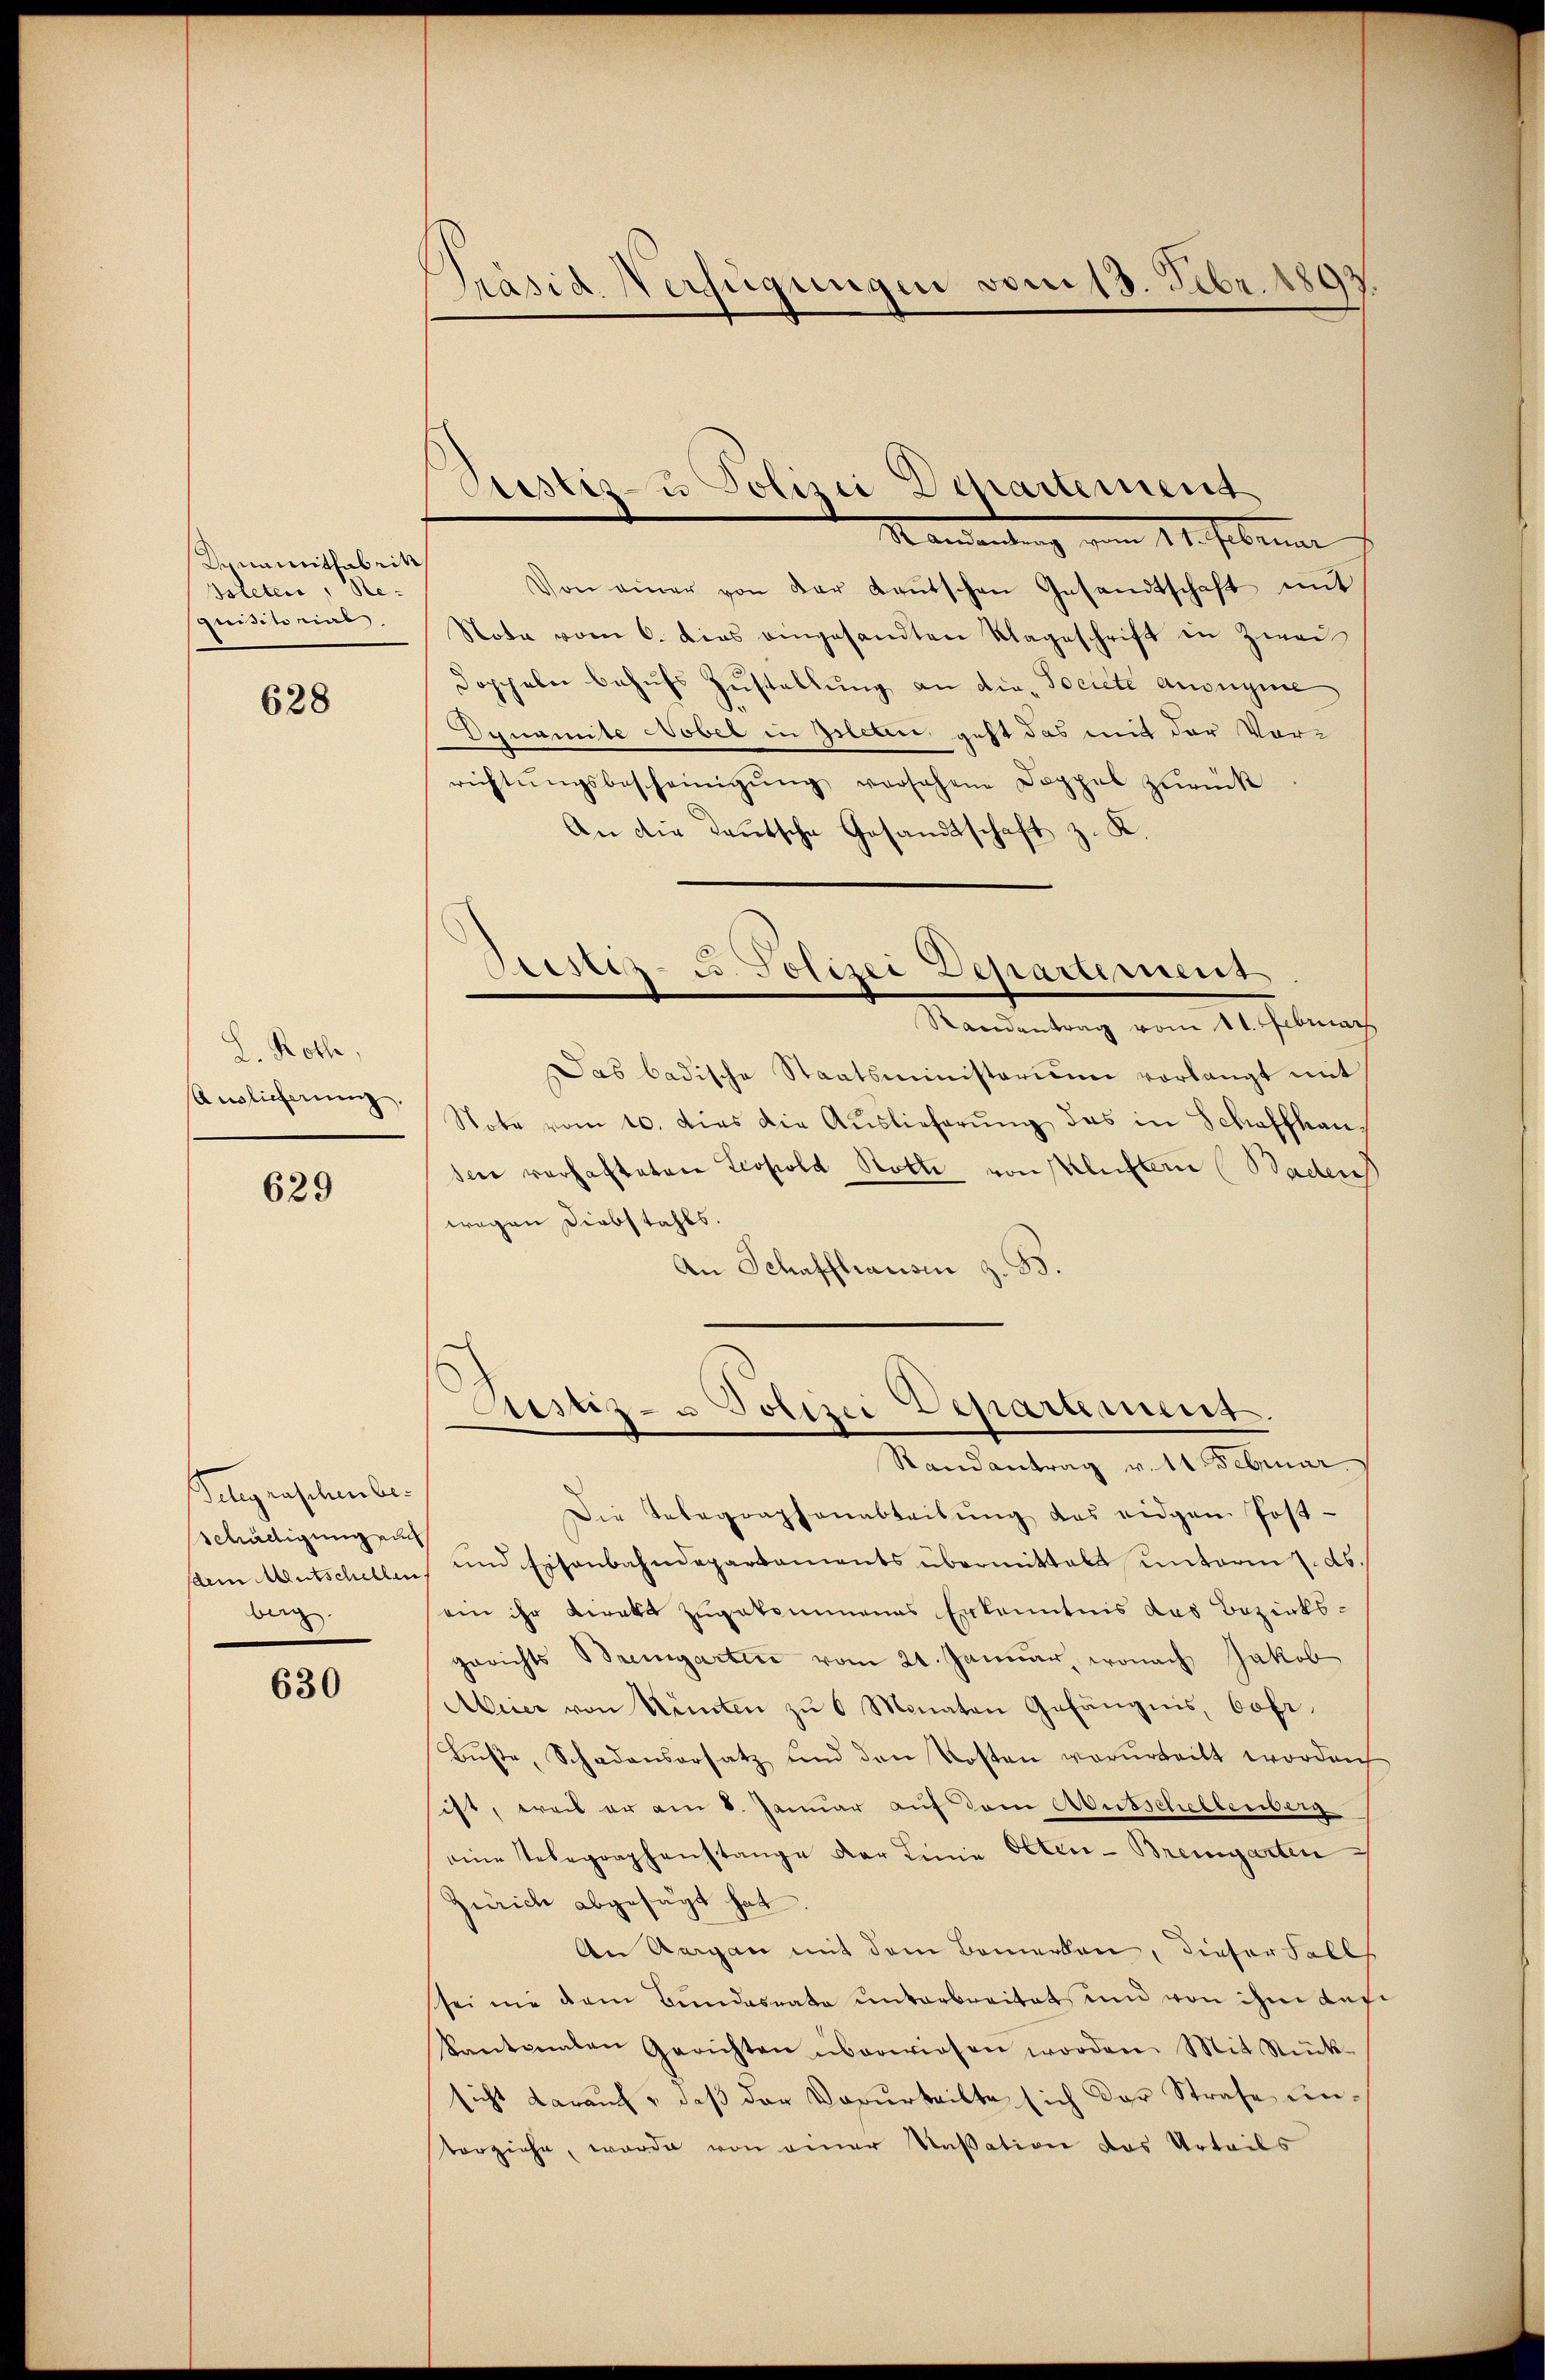
Incamerittabrik
Boleter, Re-
quisito eine

628

L. Roth,
Auslicherung.

629

Belegraschenber
schädigung auch
sdem Mentschellen
berg

630

Präsid. Verfügungen vom 13. Febr. 1893

Justiz- u Polizei Departement
Mandantung vom 11. Februar

Von einer von der Leŭtschen Gesandtschaft mit
Note vom 6. dies eingesandten Klageschrift in Zwei
Doppeln behufs Zustellung an die Societe ansegne
Dynamite Nobel in Geleben, geht das mit der Vorrichtŭngsbescheinigŭng versehene Doppel zŭrück
An die Teutsche Gesandtschaft z. K.
Randentrag vom 11. Februar
Das badische Staatsministerium vorlangt mit
Note vom 10. dies die Auslieferung des in Schaffhau
sere verhafteten Leopold Rotte von Kleistern (Baden
wegen Diebstahls.
An Schaffhausen z. B.
Zustiz- u Polizei Departement.
Randantrag v. 11 Februar
Die Telegraphenabteilung des eidgen Post-
und Eisenbahndepartaments übermittalt unterm 1. ds.
ein ihr Kirats zugekommenes Erkenntnis das Bezirksgerichts Bremgarten vom 21. Januar, wonach Jakob
Abeier von Renten zu 6 Monaten Gefängnis, bofr.
Bŭβte, Schadensersatz und den Kosten vorurteilt worden
ist, weis er am 8. Januar auf dem Ausschelbenberg
eine Telegraphenstange der Linie Olten-Bremgarten
Zürich abgesagt hat.
An Aargau mit dem Bemerken, dieser Falls
sei ne dem Bundesrate ŭnterbreitet und von ihm dasi
Kantonalen Gerichten überwiesen worden. Mit Rück-
sicht darauf, daß der Verurteilte sich der Strafe untorziehe, worde von einer Kassation das Urteils

Bestiz- u. Polizei Departement